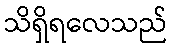
သိရှိရလေသည်